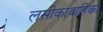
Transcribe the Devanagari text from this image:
लसीकावाहिका